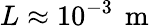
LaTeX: L\approx 10^{-3}\, \mathrm{~m~}